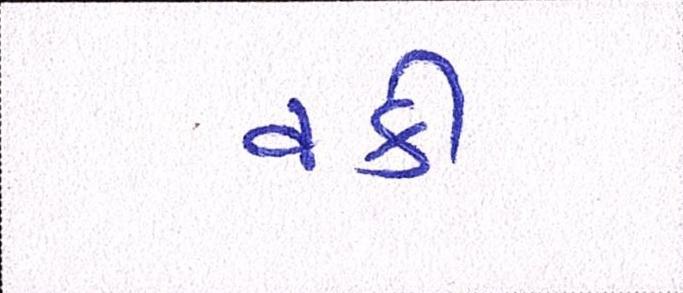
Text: વકી